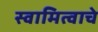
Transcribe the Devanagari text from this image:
स्वामित्वाचे